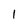
Character: 1